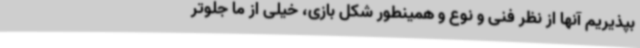
بپذیریم آنها از نظر فنی و نوع و همینطور شکل بازی، خیلی از ما جلوتر